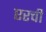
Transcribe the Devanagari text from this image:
एरची